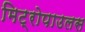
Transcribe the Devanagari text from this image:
मिट्रोपाउलस